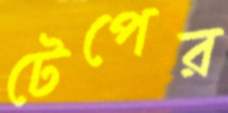
টেপের